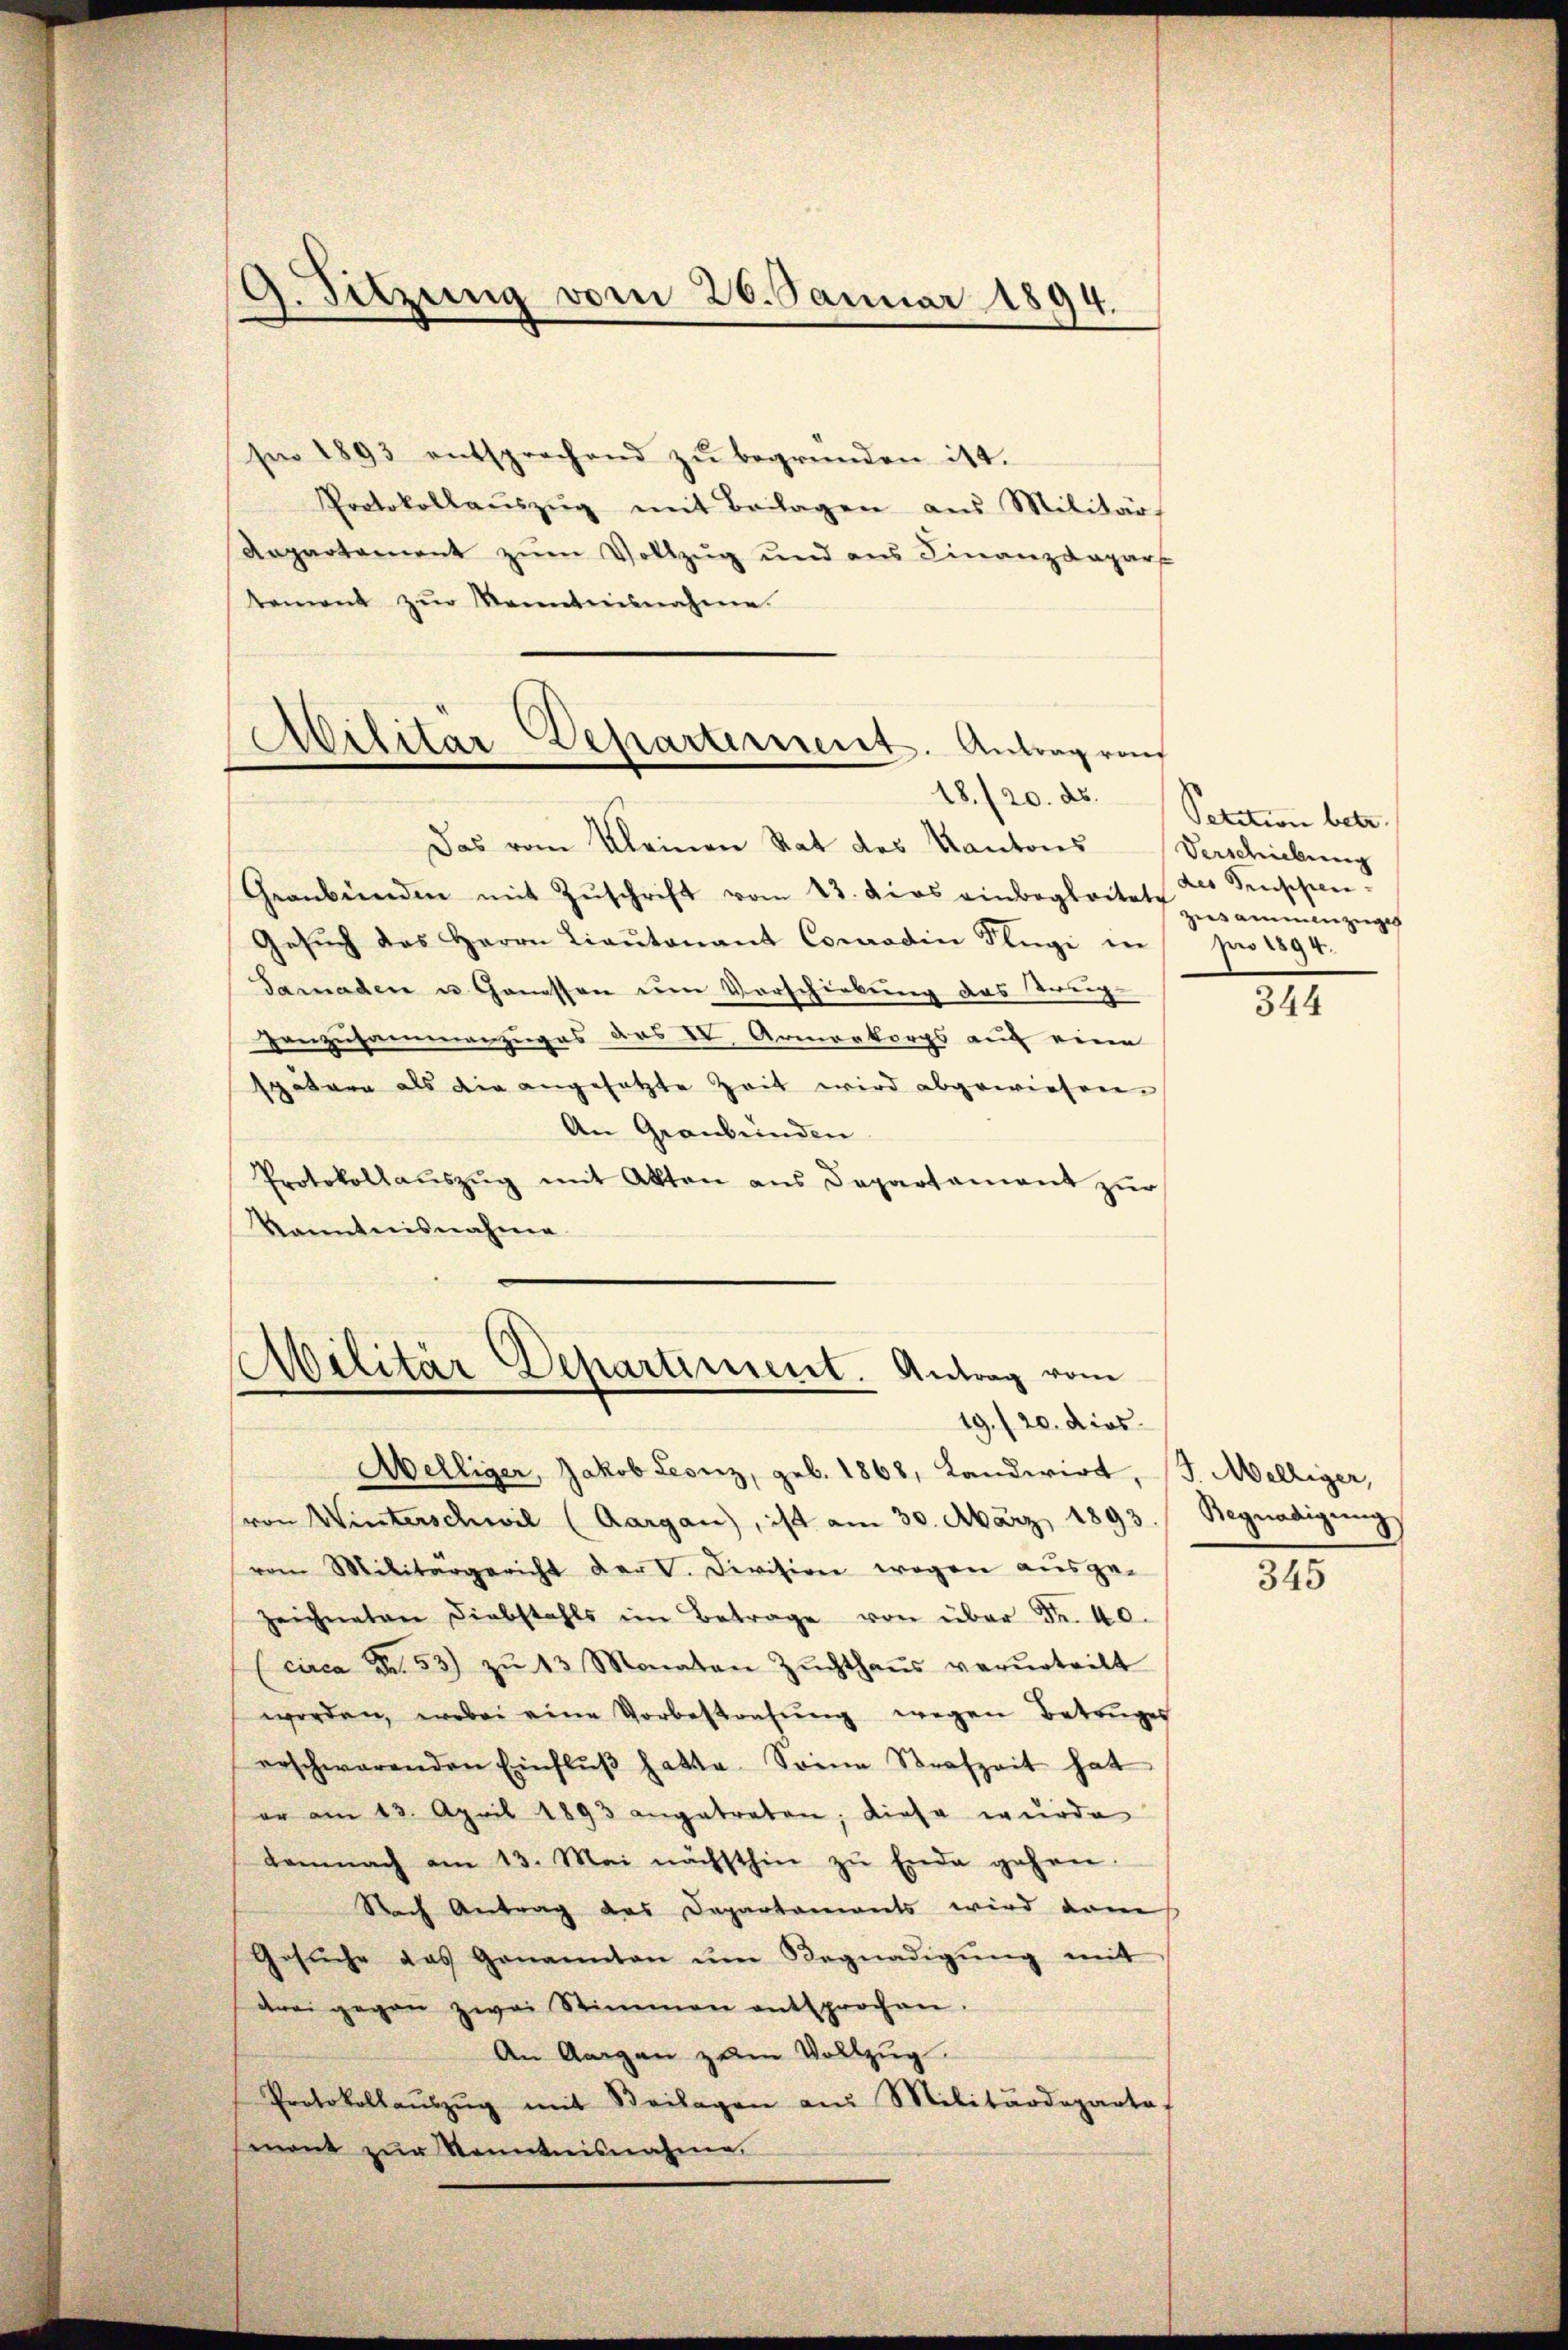
9. Sitzung vom 26. Januar 1894.

se 1893 entsprechend zu begründen ist.
Protokollaŭszŭg mit Beilagen aus Militär-
Repartement zum Vollzug und aus Finanzarpart
tement zŭr Kenntnisnahme.

Das vom Kleinen Rat des Kantons Verschiebung
Geanbünden mit Zŭschrift vom 23. das einbegleitete
Gesŭch das Herrn Liaŭtonant Conradin Flüge in pro 1894.
Tamaden u. Genessen um Vorschiebung das Treg-
Hanzusammenzuges das IV. Armerkorps auf eine
spätern als die angesetzte Zeit wird abgewiesen
An Graubünden
Protokollaŭszŭg mit Akten ans Departament zŭr
Kanntnisnahme

Abilitär-Departement. Antrag ras

AMilitär Departiment. Antrag vom
19./20. dies

Melliger, Jakob Leonz, geb. 1868, Landwirt, J. Melliger,
(von Winterschwil (Aargau), ist am 30. März 1893. / Begnadigungs
vom Militärgericht der V. Devision wegen aŭsge-
zeichneten Diebstahls im Betrage von über Fr. 40.
(circa Fr. 53) zŭ 13 Monaten Zŭchthaŭs verurteilt
worden, wobei eine Vorbestrafŭng wegen Betruges
erschwärenden Einflŭβ hatte. Sonna Strafzeit hat
er am 13. April 1893 angetreten; diese wurde
demnach am 13. Mai nächsthin zŭ Ende gehen.
Nach Antrag des Departaments wird vom
Gesŭche das Genannten ŭm Begnadigŭng mit
drei gegen zwei Stimmen entsprochen.
An Aargau zum Vollzug.
Protokollaŭszŭg mit Beilagen am Militärdeparte
mont zŭr Kenntnisnahme.

18./20. ds. Petition betr.
des Gruppen-
zusammenzugeg

344

345